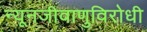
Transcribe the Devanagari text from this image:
न्यूनजीवाणुविरोधी